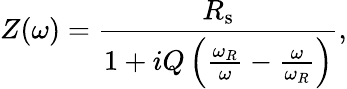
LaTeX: Z(\omega)=\frac{R_{\mathrm{s}}}{1+iQ\left(\frac{\omega_{R}}{\omega}-\frac{\omega}{\omega_{R}}\right)},